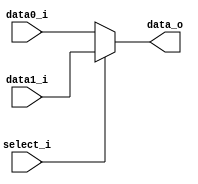
//Subject:     CO project 4 - MUX 221
//--------------------------------------------------------------------------------
//Version:     1
//--------------------------------------------------------------------------------
//Writer:      0416038 _0416326 t 
//----------------------------------------------
//Date:        
//----------------------------------------------
//Description: 
//--------------------------------------------------------------------------------
     
module MUX_2to1(
               data0_i,
               data1_i,
               select_i,
               data_o
               );

parameter size = 0;			   
			
//I/O ports               
input   [size-1:0] data0_i;          
input   [size-1:0] data1_i;
input              select_i;
output  [size-1:0] data_o; 

//Internal Signals
reg     [size-1:0] data_o;

//Main function
always@(*) begin
	if (select_i)
		data_o <= data1_i;
	else
		data_o <= data0_i;
end
endmodule